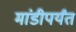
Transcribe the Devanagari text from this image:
मांडीपर्यंत